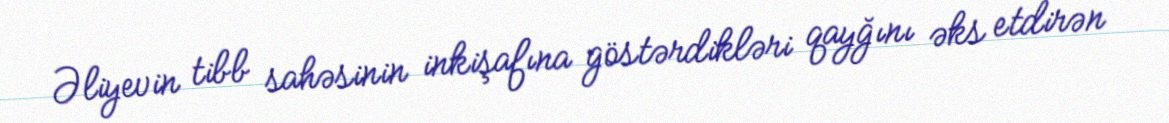
Əliyevin tibb sahəsinin inkişafına göstərdikləri qayğını əks etdirən